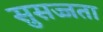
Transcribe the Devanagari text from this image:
सुसज्जता